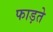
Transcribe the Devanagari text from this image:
फाड़ते